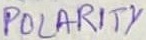
Text: POLARITY